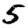
Digit: 5